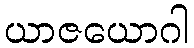
ယာဇယောဂါ